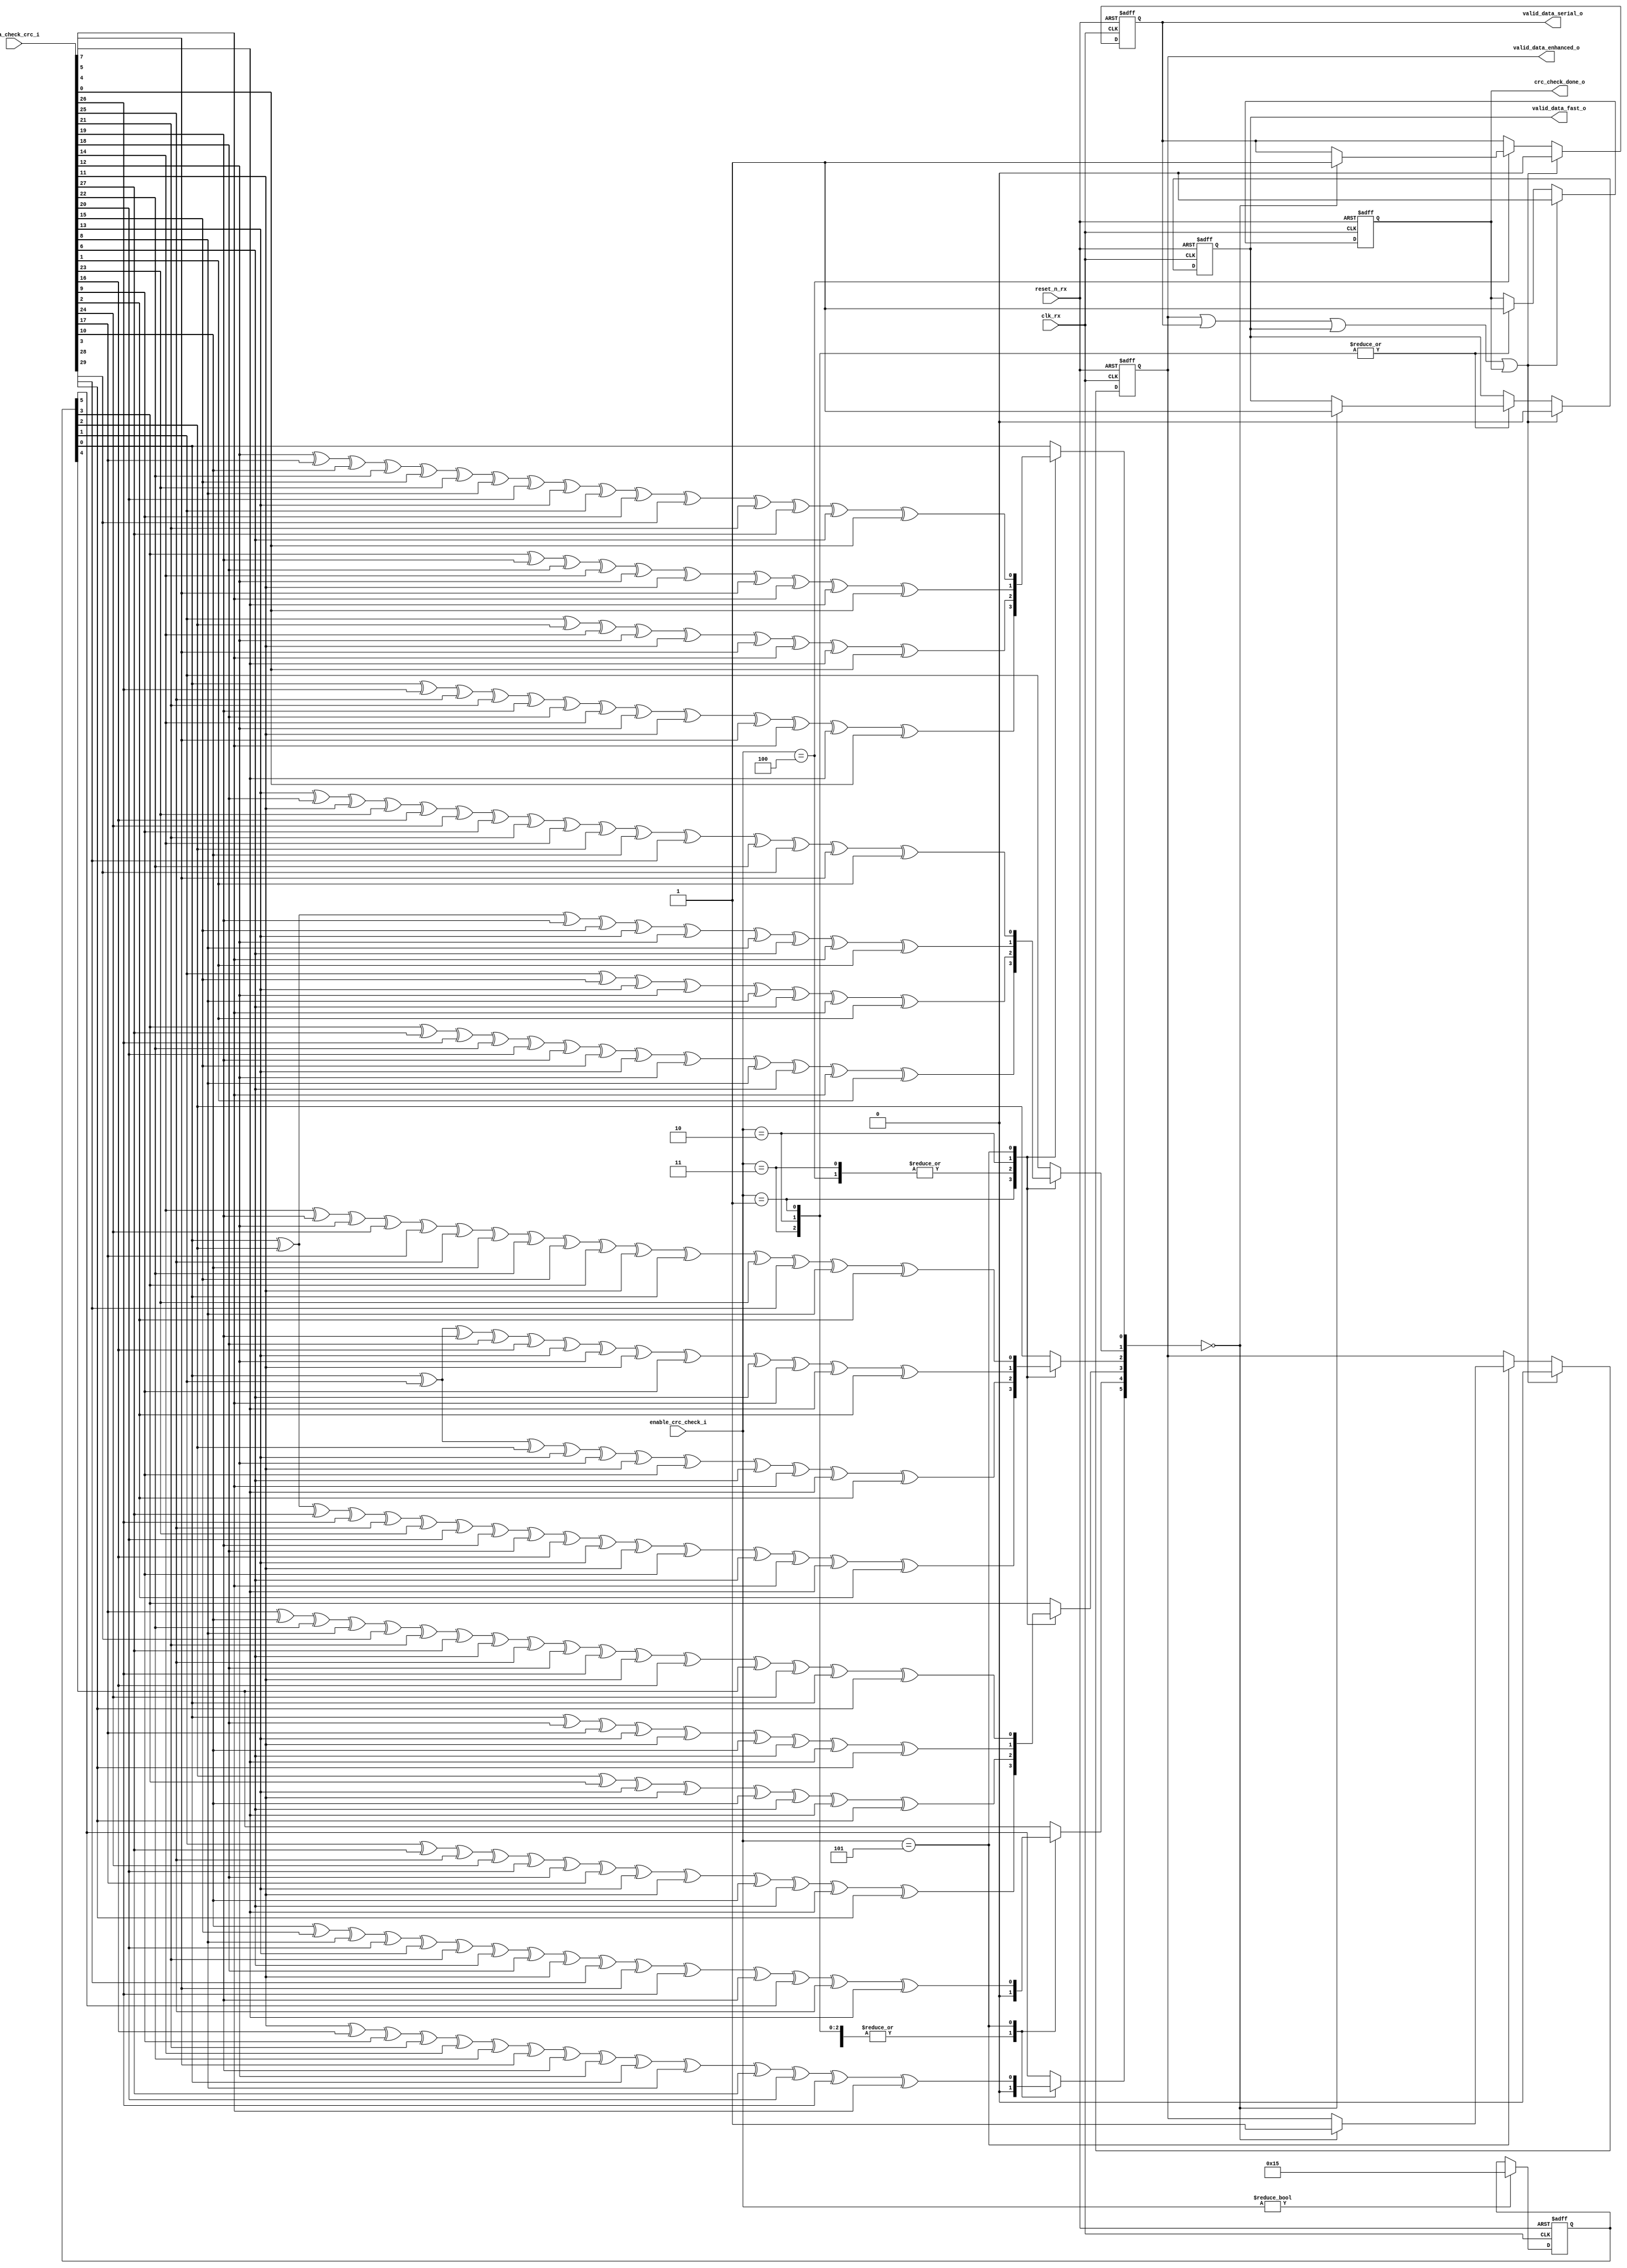
module sent_rx_crc_check(
	//reset_n_rx
	input clk_rx,
	input reset_n_rx,

	//signals to control block
	
	input [2:0] enable_crc_check_i,
	output reg crc_check_done_o,
	input [29:0] data_check_crc_i,
	output reg valid_data_serial_o,
	output reg valid_data_enhanced_o,
	output reg valid_data_fast_o
	);
	reg [5:0] lfsr_q; //current state
	reg [5:0] lfsr_c; //next state
	always @(*) begin
		case(enable_crc_check_i)
		3'b001: begin //check 6nb
			lfsr_c[0] = lfsr_q[0] ^ data_check_crc_i[26] ^ data_check_crc_i[25] ^ data_check_crc_i[21] ^ data_check_crc_i[19] ^ data_check_crc_i[18] ^ data_check_crc_i[14] ^ data_check_crc_i[12] ^ data_check_crc_i[11] ^ data_check_crc_i[7] ^ data_check_crc_i[5] ^ data_check_crc_i[4] ^ data_check_crc_i[0];
			lfsr_c[1] = lfsr_q[3] ^ data_check_crc_i[27] ^ data_check_crc_i[26] ^ data_check_crc_i[22] ^ data_check_crc_i[20] ^ data_check_crc_i[19] ^ data_check_crc_i[15] ^ data_check_crc_i[13] ^ data_check_crc_i[12] ^ data_check_crc_i[8] ^ data_check_crc_i[6] ^ data_check_crc_i[5] ^ data_check_crc_i[1]; 
			lfsr_c[2] = lfsr_q[0] ^ lfsr_q[2] ^ data_check_crc_i[27] ^ data_check_crc_i[26] ^ data_check_crc_i[25] ^ data_check_crc_i[23] ^ data_check_crc_i[20] ^ data_check_crc_i[19] ^ data_check_crc_i[18] ^ data_check_crc_i[16] ^ data_check_crc_i[13] ^ data_check_crc_i[11] ^ data_check_crc_i[9] ^ data_check_crc_i[6] ^ data_check_crc_i[5] ^ data_check_crc_i[4] ^ data_check_crc_i[2]; 
			lfsr_c[3] =  lfsr_q[1] ^ data_check_crc_i[27] ^ data_check_crc_i[25] ^ data_check_crc_i[24] ^ data_check_crc_i[20] ^ data_check_crc_i[18] ^ data_check_crc_i[17] ^ data_check_crc_i[13] ^ data_check_crc_i[11] ^ data_check_crc_i[10] ^ data_check_crc_i[6] ^ data_check_crc_i[4] ^ data_check_crc_i[3];
			lfsr_c[5:4] = 2'b00;
		end
		3'b100, 3'b011: begin //check serial, 3nb
			lfsr_c[0] = lfsr_q[1] ^ lfsr_q[2] ^ data_check_crc_i[14] ^ data_check_crc_i[12] ^ data_check_crc_i[11] ^ data_check_crc_i[7] ^ data_check_crc_i[5] ^ data_check_crc_i[4] ^ data_check_crc_i[0];
			lfsr_c[1] = lfsr_q[1] ^ data_check_crc_i[15] ^ data_check_crc_i[13] ^ data_check_crc_i[12] ^ data_check_crc_i[8] ^ data_check_crc_i[6] ^ data_check_crc_i[5] ^ data_check_crc_i[1];
			lfsr_c[2] = lfsr_q[0] ^ lfsr_q[1] ^ lfsr_q[2] ^ data_check_crc_i[13] ^ data_check_crc_i[12] ^ data_check_crc_i[11] ^ data_check_crc_i[9] ^ data_check_crc_i[6] ^ data_check_crc_i[5] ^ data_check_crc_i[4] ^ data_check_crc_i[2];
			lfsr_c[3] = lfsr_q[2] ^ lfsr_q[3] ^ data_check_crc_i[13] ^ data_check_crc_i[11] ^ data_check_crc_i[10] ^ data_check_crc_i[6] ^ data_check_crc_i[4] ^ data_check_crc_i[3];
			lfsr_c[5:4] = 2'b00;
		end
		3'b010: begin //check 4nb
			lfsr_c[0] = lfsr_q[3] ^ data_check_crc_i[19] ^ data_check_crc_i[18] ^ data_check_crc_i[14] ^ data_check_crc_i[12] ^ data_check_crc_i[11] ^ data_check_crc_i[7] ^ data_check_crc_i[5] ^ data_check_crc_i[4] ^ data_check_crc_i[0];
			lfsr_c[1] = lfsr_q[0] ^ lfsr_q[2] ^ data_check_crc_i[19] ^ data_check_crc_i[15] ^ data_check_crc_i[13] ^ data_check_crc_i[12] ^ data_check_crc_i[8] ^ data_check_crc_i[6] ^ data_check_crc_i[5] ^ data_check_crc_i[1];
			lfsr_c[2] = lfsr_q[0] ^ lfsr_q[1] ^ data_check_crc_i[19] ^ data_check_crc_i[18] ^ data_check_crc_i[16] ^ data_check_crc_i[13] ^ data_check_crc_i[12] ^ data_check_crc_i[11] ^ data_check_crc_i[9] ^ data_check_crc_i[6] ^ data_check_crc_i[5] ^ data_check_crc_i[4] ^ data_check_crc_i[2];
			lfsr_c[3] = lfsr_q[0] ^ data_check_crc_i[18] ^ data_check_crc_i[17] ^ data_check_crc_i[13] ^ data_check_crc_i[11] ^ data_check_crc_i[10] ^ data_check_crc_i[6] ^ data_check_crc_i[4] ^ data_check_crc_i[3];
			lfsr_c[5:4] = 2'b00;
		end
		3'b101: begin //check enhanced
			lfsr_c[0] = data_check_crc_i[12] ^ data_check_crc_i[17] ^ data_check_crc_i[10] ^ data_check_crc_i[22] ^ data_check_crc_i[15] ^ data_check_crc_i[23] ^ data_check_crc_i[8] ^ data_check_crc_i[20] ^ data_check_crc_i[13] ^ lfsr_q[1] ^ data_check_crc_i[9] ^ data_check_crc_i[28] ^ data_check_crc_i[21] ^ data_check_crc_i[27] ^ data_check_crc_i[6] ^ data_check_crc_i[0];
			lfsr_c[1] = data_check_crc_i[13] ^ data_check_crc_i[18] ^ data_check_crc_i[11] ^ data_check_crc_i[23] ^ data_check_crc_i[16] ^ data_check_crc_i[24] ^ data_check_crc_i[9] ^ data_check_crc_i[21] ^ data_check_crc_i[14] ^ lfsr_q[2] ^ data_check_crc_i[10] ^ data_check_crc_i[29] ^ data_check_crc_i[22] ^ data_check_crc_i[28] ^ data_check_crc_i[7] ^ data_check_crc_i[1];
			lfsr_c[2] = data_check_crc_i[14] ^ data_check_crc_i[19] ^ data_check_crc_i[12] ^ data_check_crc_i[24] ^ data_check_crc_i[17] ^ data_check_crc_i[25] ^ data_check_crc_i[10] ^ data_check_crc_i[22] ^ data_check_crc_i[15] ^ lfsr_q[3] ^ data_check_crc_i[11] ^ lfsr_q[0] ^ data_check_crc_i[23] ^ data_check_crc_i[29] ^ data_check_crc_i[8] ^ data_check_crc_i[2];
			lfsr_c[3] = data_check_crc_i[17] ^ data_check_crc_i[10] ^ data_check_crc_i[22] ^ data_check_crc_i[8] ^ data_check_crc_i[28] ^ data_check_crc_i[21] ^ data_check_crc_i[27] ^ data_check_crc_i[6] ^ data_check_crc_i[25] ^ data_check_crc_i[18] ^ data_check_crc_i[26] ^ data_check_crc_i[11] ^ data_check_crc_i[16] ^ lfsr_q[4] ^ data_check_crc_i[24] ^ lfsr_q[0] ^ data_check_crc_i[3];
			lfsr_c[4] = data_check_crc_i[10] ^ data_check_crc_i[15] ^ data_check_crc_i[8] ^ data_check_crc_i[20] ^ data_check_crc_i[13] ^ data_check_crc_i[21] ^ data_check_crc_i[6] ^ data_check_crc_i[18] ^ data_check_crc_i[11] ^ data_check_crc_i[29] ^ data_check_crc_i[7] ^ data_check_crc_i[26] ^ data_check_crc_i[19] ^ lfsr_q[5] ^ data_check_crc_i[25] ^ data_check_crc_i[4];
			lfsr_c[5] = data_check_crc_i[11] ^ data_check_crc_i[16] ^ data_check_crc_i[9] ^ data_check_crc_i[21] ^ data_check_crc_i[14] ^ data_check_crc_i[22] ^ data_check_crc_i[7] ^ data_check_crc_i[19] ^ data_check_crc_i[12] ^ lfsr_q[0] ^ data_check_crc_i[8] ^ data_check_crc_i[27] ^ data_check_crc_i[20] ^ data_check_crc_i[26] ^ data_check_crc_i[5];
		end
		default: lfsr_c = lfsr_q;
		endcase
	end

	always @(posedge clk_rx or negedge reset_n_rx) begin
		if(!reset_n_rx) begin
			lfsr_q <= 6'b010101;
			valid_data_enhanced_o <= 0;
			valid_data_serial_o  <= 0;
		 	valid_data_fast_o <= 0;
		 	crc_check_done_o <= 0;
		end
		else begin
			case(enable_crc_check_i)
				3'b001, 3'b010, 3'b011: begin
					crc_check_done_o <= 1; //done fast
					if(lfsr_c == 0) begin
						valid_data_fast_o <= 1;
					end
				end
				3'b100: begin
					if(lfsr_c == 0) begin
						valid_data_serial_o <= 1;
					end
				end
				3'b101: begin
					if(lfsr_c == 0) begin
						valid_data_enhanced_o <= 1;
					end
				end
			endcase
			if(enable_crc_check_i != 0) begin
				lfsr_q <= 6'b010101;
			end

			if(valid_data_enhanced_o || valid_data_serial_o || valid_data_fast_o || crc_check_done_o) begin //Turn off at next posedge clk_tx
					valid_data_enhanced_o <= 0;
					valid_data_serial_o <= 0;
					valid_data_fast_o <=0;
					crc_check_done_o <= 0; 
			end
		end	
	end
			
endmodule